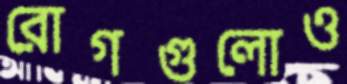
রোগগুলোও